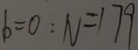
b = 0 : N = 1 7 9